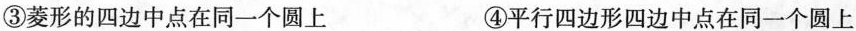
③菱形的四边中点在同一个圆上 ④平行四边形四边中点在同一个圆上